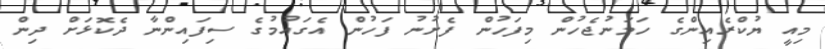
މިއީ ޔުކްރެއިންގެ ހަމަނުޖެހުން މިފަހުން ފެށުނު ފަހުން އެގައުމުގެ ސިފައިންނާ ދެކޮޅަށް ދިން